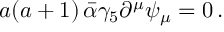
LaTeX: a ( a + 1 ) \, \bar { \alpha } \gamma _ { 5 } \partial ^ { \mu } \psi _ { \mu } = 0 \, .